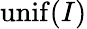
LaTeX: \mathrm{{unif}}(I)